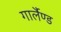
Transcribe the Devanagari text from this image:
गार्लैण्ड